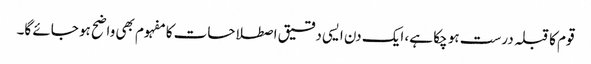
قوم کا قبلہ درست ہو چکا ہے، ایک دن ایسی دقیق اصطلاحات کا مفہوم بھی واضح ہو جائے گا۔